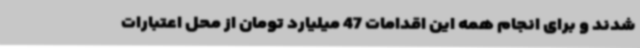
شدند و برای انجام همه این اقدامات 47 میلیارد تومان از محل اعتبارات